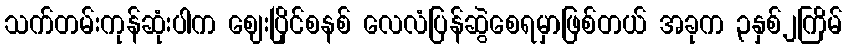
သက်တမ်းကုန်ဆုံးပါက ဈေးပြိုင်စနစ် လေလံပြန်ဆွဲစေရမှာဖြစ်တယ် အခုက ၃နှစ်၂ကြိမ်